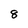
Character: 8